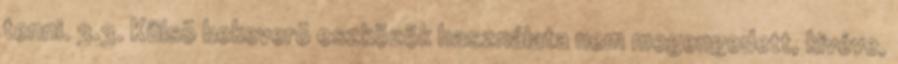
tenni. 3.3. Külsõ bekeverõ eszközök használata nem megengedett, kivéve,